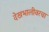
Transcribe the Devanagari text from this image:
देखभालीवरचा